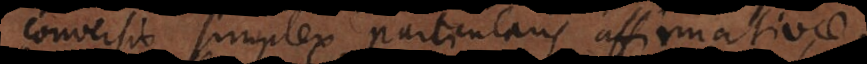
conversio simplex particularis affirmativ